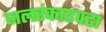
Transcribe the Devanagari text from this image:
जलरंकाएवढा